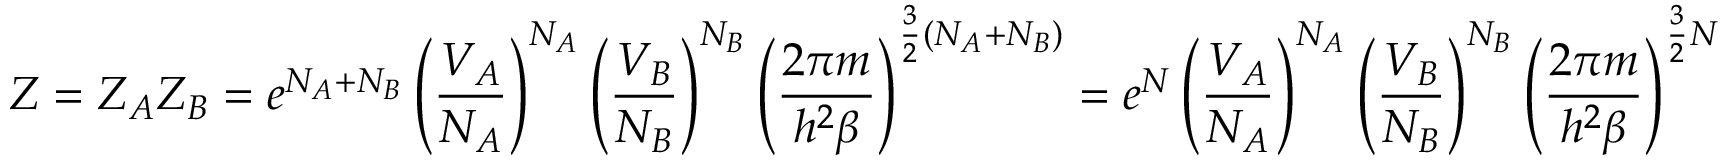
Z = Z _ { A } Z _ { B } = e ^ { N _ { A } + N _ { B } } \left( \frac { V _ { A } } { N _ { A } } \right) ^ { N _ { A } } \left( \frac { V _ { B } } { N _ { B } } \right) ^ { N _ { B } } \left( \frac { 2 \pi m } { h ^ { 2 } \beta } \right) ^ { \frac 3 2 ( N _ { A } + N _ { B } ) } = e ^ { N } \left( \frac { V _ { A } } { N _ { A } } \right) ^ { N _ { A } } \left( \frac { V _ { B } } { N _ { B } } \right) ^ { N _ { B } } \left( \frac { 2 \pi m } { h ^ { 2 } \beta } \right) ^ { \frac 3 2 N }